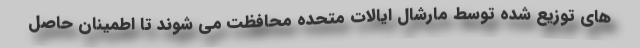
های توزیع شده توسط مارشال ایالات متحده محافظت می شوند تا اطمینان حاصل